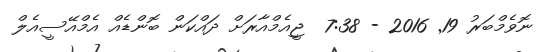
ނޮވެމްބަރު 19